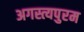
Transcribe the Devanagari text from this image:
अगस्त्यपुरम